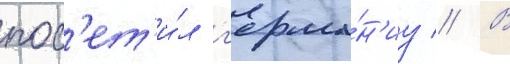
пос'ет'и́л г'ерма́н'иу // В